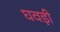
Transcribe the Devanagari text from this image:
घवड़ी